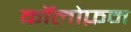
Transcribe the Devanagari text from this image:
कॉलोफ़न